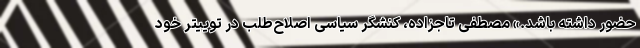
حضور داشته باشد.» مصطفی تاجزاده، کنشگر سیاسی اصلاح‌طلب در توییتر خود